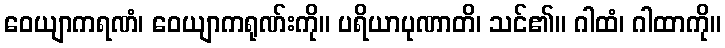
ဝေယျာကရဏံ၊ ဝေယျာကရုဏ်းကို။ ပရိယာပုဏာတိ၊ သင်၏။ ဂါထံ၊ ဂါထာကို။